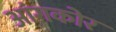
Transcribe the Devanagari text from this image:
आंगकोर